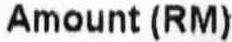
AMOUNT (RM)